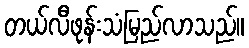
တယ်လီဖုန်းသံမြည်လာသည်။